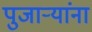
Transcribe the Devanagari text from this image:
पुजाऱ्यांना